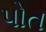
પોત